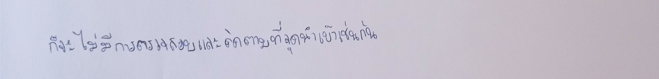
ก็จะไม่มีการตรวจสอบและติดตามที่จุดนำเข้าเช่นกัน